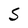
Character: S